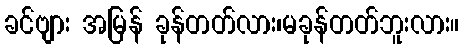
ခင်ဗျား အမြန် ခုန်တတ်လား၊မခုန်တတ်ဘူးလား။